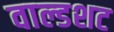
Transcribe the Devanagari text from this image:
वाल्डशट